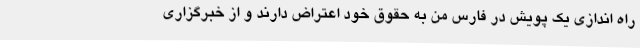
راه اندازی یک پویش در فارس من به حقوق خود اعتراض دارند و از خبرگزاری